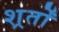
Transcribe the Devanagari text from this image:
शर्र्तों